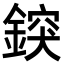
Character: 𨨷